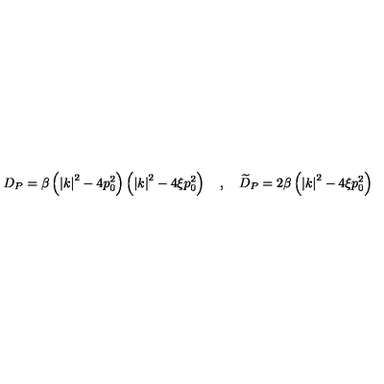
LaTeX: D _ { P } = \beta \left( \left| k \right| ^ { 2 } - 4 p _ { 0 } ^ { 2 } \right) \left( \left| k \right| ^ { 2 } - 4 \xi p _ { 0 } ^ { 2 } \right) \quad , \quad \widetilde { D } _ { P } = 2 \beta \left( \left| k \right| ^ { 2 } - 4 \xi p _ { 0 } ^ { 2 } \right)